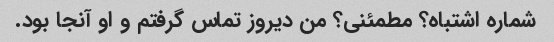
شماره اشتباه؟ مطمئنی؟ من دیروز تماس گرفتم و او آنجا بود.